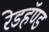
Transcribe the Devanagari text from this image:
रेडहॅण्ड